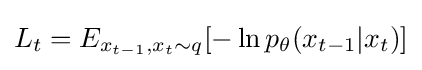
L_{t}=E_{x_{t-1},x_{t}\sim q}[-\ln p_{\theta }(x_{t-1}|x_{t})]